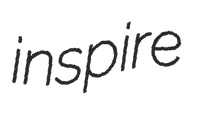
inspire